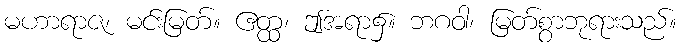
မဟာရာဇ၊ မင်းမြတ်။ ဧတ္ထ၊ ဤအရာ၌။ ဘဂဝါ၊ မြတ်စွာဘုရားသည်။